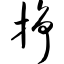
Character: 挣